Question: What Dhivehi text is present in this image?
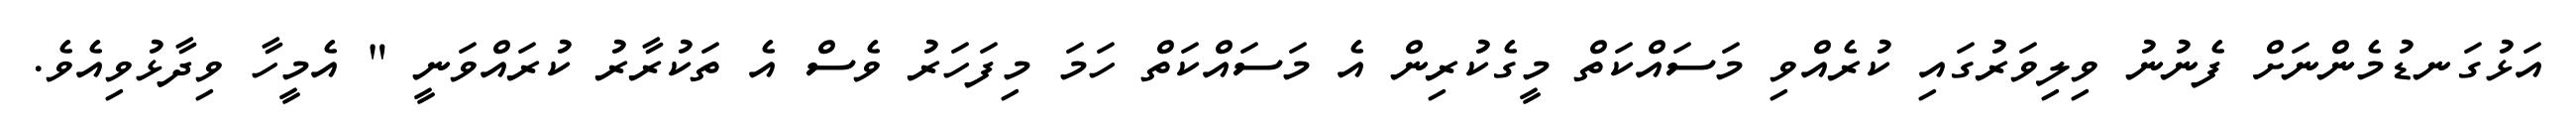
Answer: އަޅުގަނޑުމެންނަށް ފެނުނު ވިލިވަރުގައި ކުރެއްވި މަސައްކަތް މީގެކުރިން އެ މަސައްކަތް ހަމަ މިފަހަރު ވެސް އެ ތަކުރާރު ކުރައްވަނީ " އެމީހާ ވިދާޅުވިއެވެ.